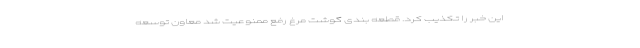
‌این خبر را تکذیب کرد. قطعه بندی گوشت مرغ رفع ممنوعیت شد معاون توسعه